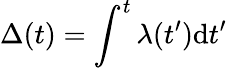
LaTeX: \Delta(t)=\int^{t}\lambda(t^{\prime})\mathrm{d}t^{\prime}